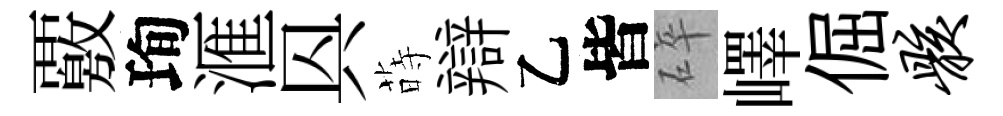
覈珣滙㒷蒔辯乙皆碎嶧倔骸